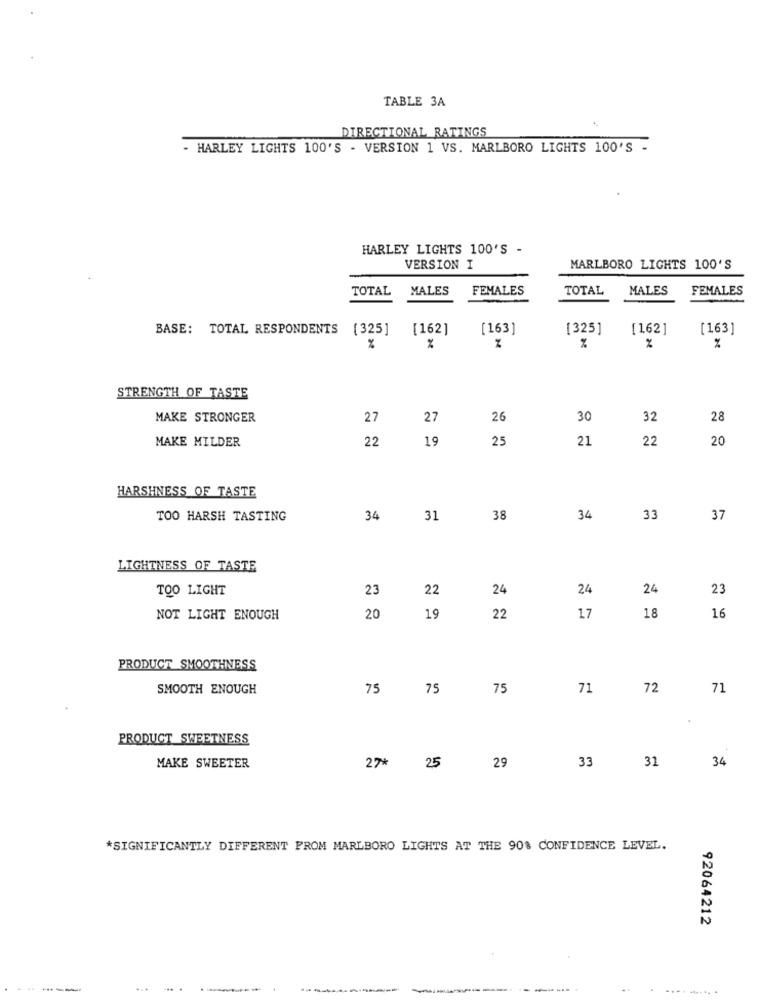
TABLE 3A
DIRECTIONAL RATINGS
- HARLEY LIGHTS 100'S - VERSION 1 VS. MARLBORO LIGHTS 100'S -
HARLEY LIGHTS 100'S -
VERSION I
MARLBORO LIGHTS 100'S
TOTAL
MALES
FEMALES
TOTAL
MALES
FEMALES
BASE: TOTAL RESPONDENTS (325]
[162]
[163]
[325]
[162]
[163]
%
%
%
STRENGTH OF TASTE
MAKE STRONGER
27
27
26
30
32
28
MAKE MILDER
22
19
25
21
22
20
HARSHNESS OF TASTE
TOO HARSH TASTING
34
31
38
34
33
37
LIGHTNESS OF TASTE
TOO LIGHT
23
22
24
24
24
23
NOT LIGHT ENOUGH
20
19
22
17
18
16
PRODUCT SMOOTHNESS
SMOOTH ENOUGH
75
75
75
71
72
71
PRODUCT SWEETNESS
33
34
MAKE SWEETER
27*
25
29
31
*SIGNIFICANTLY DIFFERENT FROM MARLBORO LIGHTS AT THE 90% CONFIDENCE LEVEL.
92064212
.... ...... .